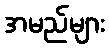
အမည်များ